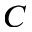
C